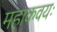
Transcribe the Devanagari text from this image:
महाकवयः